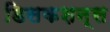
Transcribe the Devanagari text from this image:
डिसकशन्स